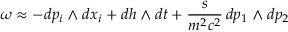
\omega \approx - d p _ { i } \wedge { } d x _ { i } + d h \wedge { } d t + \frac { s } { m ^ { 2 } c ^ { 2 } } \, d p _ { 1 } \wedge { } d p _ { 2 }